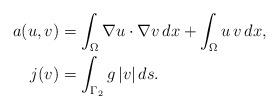
LaTeX: \begin{align*}a(u,v)&=\int_\Omega \nabla u\cdot\nabla v\, dx + \int_\Omega u\, v\, dx,\\j(v) &= \int_{\Gamma_2} g\, |v|\, ds.\end{align*}